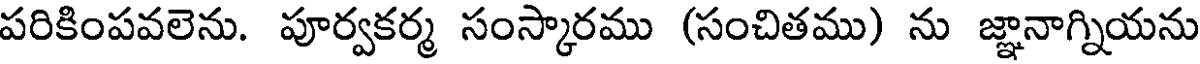
పరికింపవలెను. పూర్వకర్మ సంస్కారము (సంచితము) ను జ్ఞానాగ్నియను